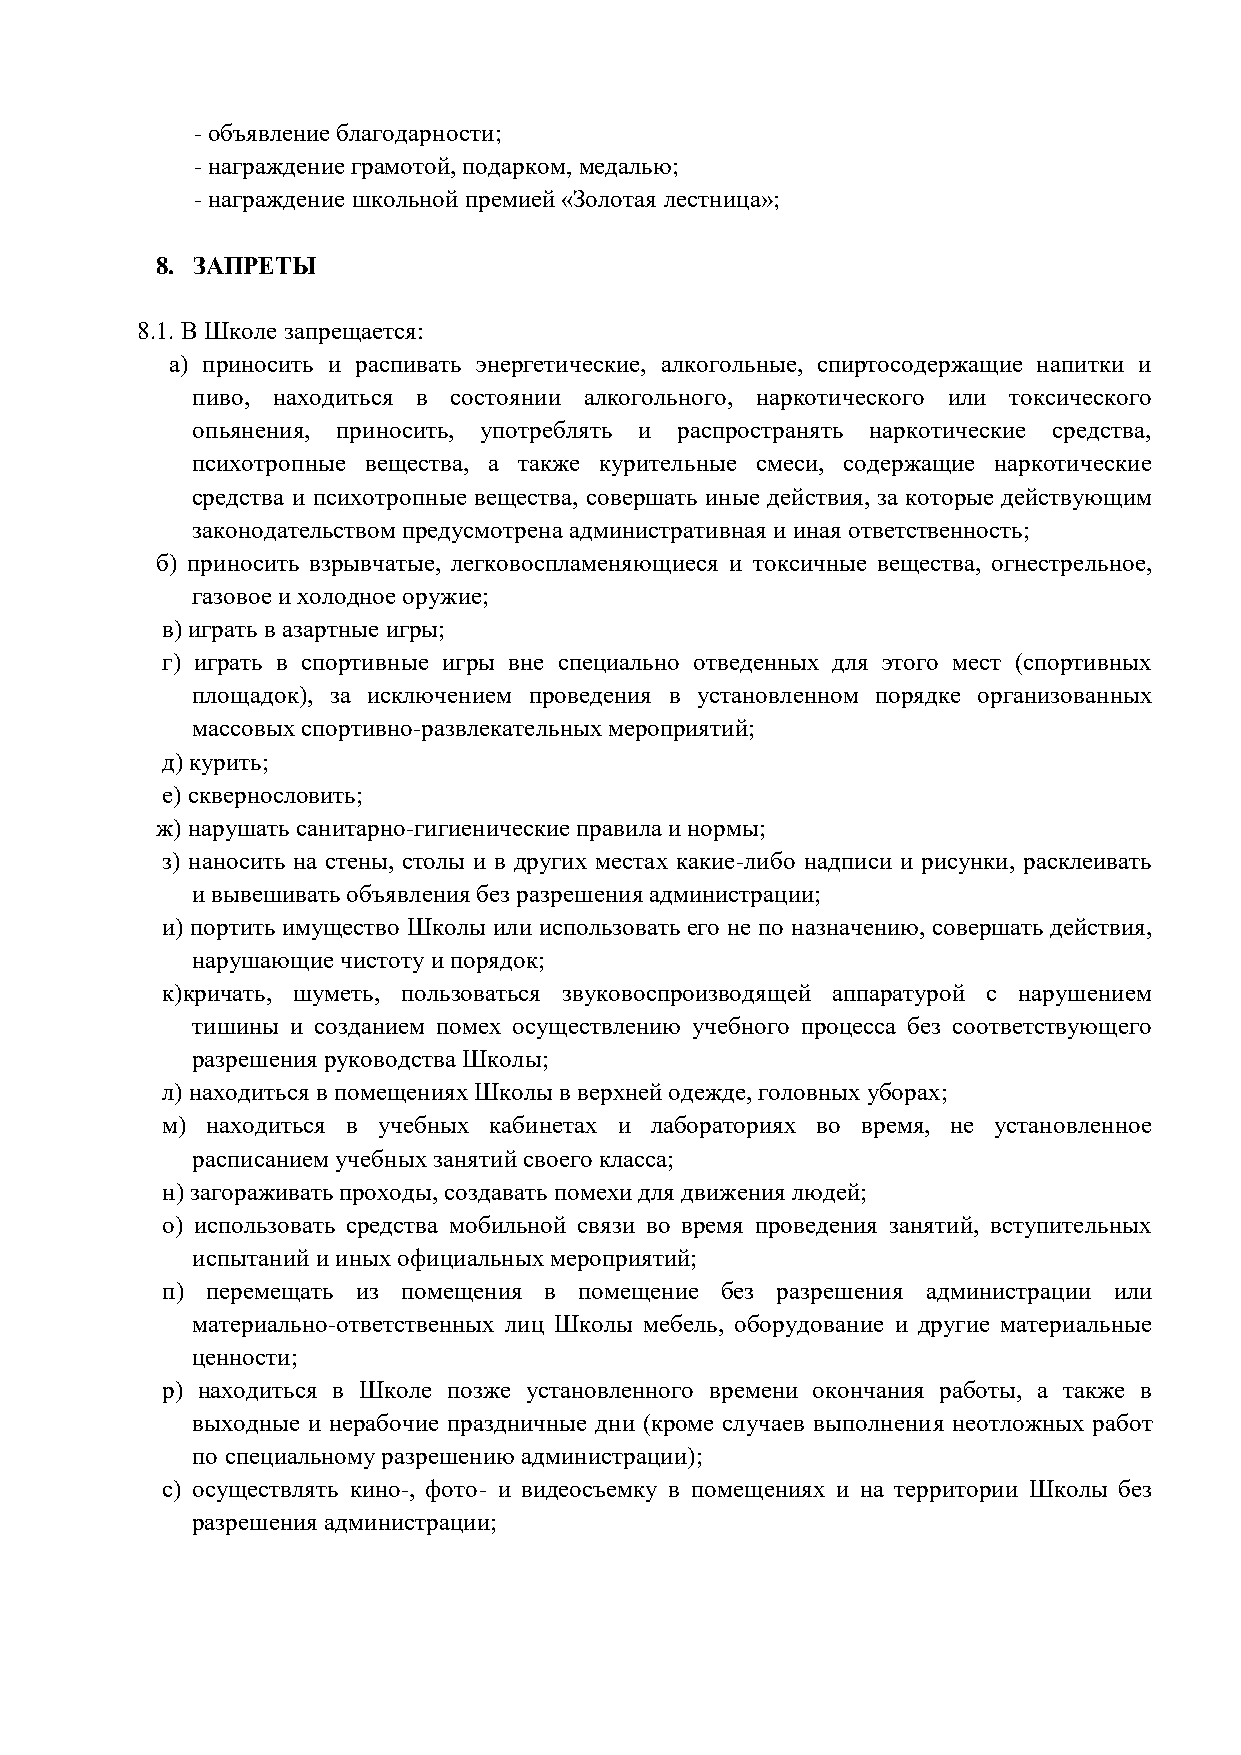
- объявление благодарности;
 - награждение грамотой, подарком, медалью;
 - награждение школьной премией «Золотая лестница»;
 8. ЗАПРЕТЫ
 8.1. В Школе запрещается:
 а) приносить и распивать энергетические, алкогольные, спиртосодержащие напитки и
 пиво, находиться в состоянии алкогольного, наркотического или токсического
 опьянения, приносить, употреблять и распространять наркотические средства,
 психотропные вещества, а также курительные смеси, содержащие наркотические
 средства и психотропные вещества, совершать иные действия, за которые действующим
 законодательством предусмотрена административная и иная ответственность;
 б) приносить взрывчатые, легковоспламеняющиеся и токсичные вещества, огнестрельное,
 газовое и холодное оружие;
 в) играть в азартные игры;
 г) играть в спортивные игры вне специально отведенных для этого мест (спортивных
 площадок), за исключением проведения в установленном порядке организованных
 массовых спортивно-развлекательных мероприятий;
 д) курить;
 е) сквернословить;
 ж) нарушать санитарно-гигиенические правила и нормы;
 з) наносить на стены, столы и в других местах какие-либо надписи и рисунки, расклеивать
 и вывешивать объявления без разрешения администрации;
 и) портить имущество Школы или использовать его не по назначению, совершать действия,
 нарушающие чистоту и порядок;
 к)кричать, шуметь, пользоваться звуковоспроизводящей аппаратурой с нарушением
 тишины и созданием помех осуществлению учебного процесса без соответствующего
 разрешения руководства Школы;
 л) находиться в помещениях Школы в верхней одежде, головных уборах;
 м) находиться в учебных кабинетах и лабораториях во время, не установленное
 расписанием учебных занятий своего класса;
 н) загораживать проходы, создавать помехи для движения людей;
 о) использовать средства мобильной связи во время проведения занятий, вступительных
 испытаний и иных официальных мероприятий;
 п) перемещать из помещения в помещение без разрешения администрации или
 материально-ответственных лиц Школы мебель, оборудование и другие материальные
 ценности;
 р) находиться в Школе позже установленного времени окончания работы, а также в
 выходные и нерабочие праздничные дни (кроме случаев выполнения неотложных работ
 по специальному разрешению администрации);
 с) осуществлять кино-, фото- и видеосъемку в помещениях и на территории Школы без
 разрешения администрации;